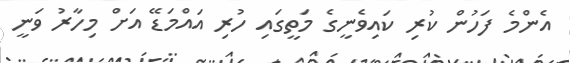
އެންމެ ފަހުން ކުރި ކައިވެނީގެ މަތީގައި ހުރި އައްމަޑޭ އަށް މިހާރު ވަނީ